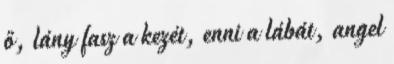
ő, lány fasz a kezét, enni a lábát, angel